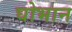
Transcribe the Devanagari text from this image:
घोभान